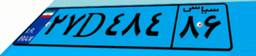
۲۷D۴۸۴۸۶